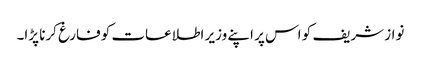
نواز شریف کو اس پر اپنے وزیر اطلاعات کو فارغ کرنا پڑا۔